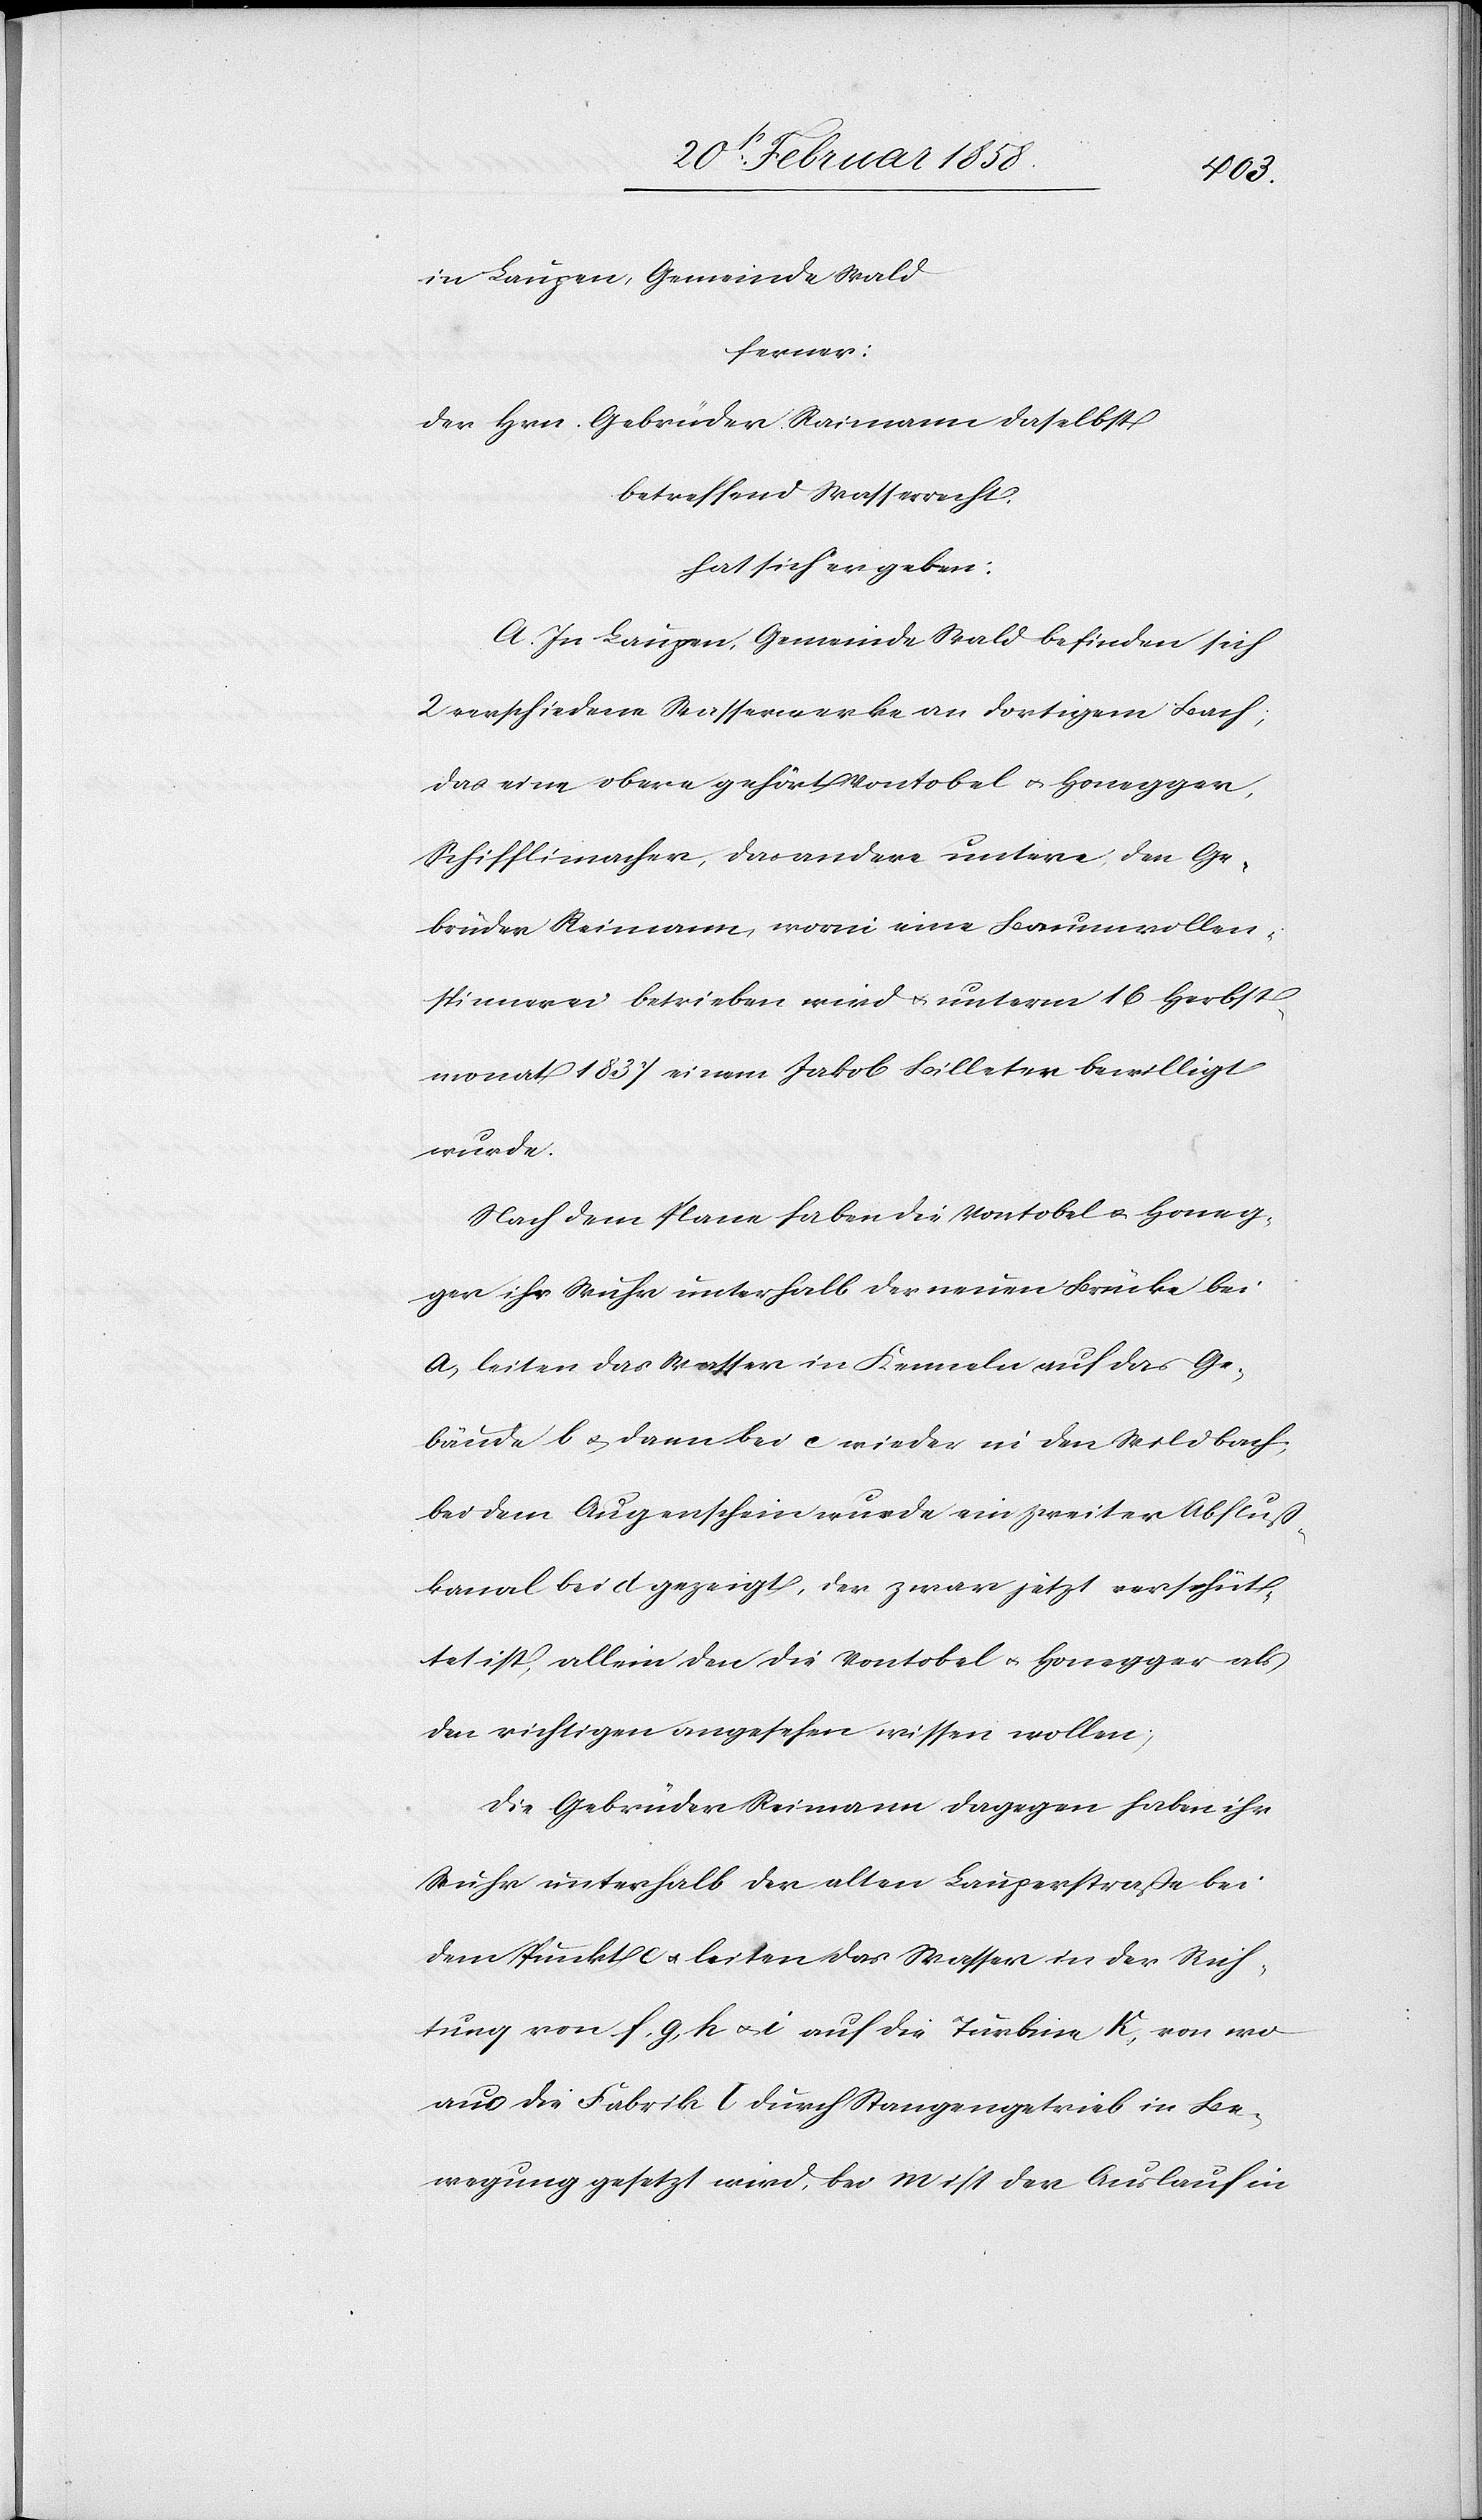
in Laupen, Gemeinde Wald
ferner:
der Hrn. Gebrüder Raimann [sic!] daselbst
betreffend Wasserrecht.
hat sich ergeben:
A. In Laupen, Gemeinde Wald befinden sich
2 verschiedene Wasserwerke an dortigem Bach;
das eine obere gehört Vontobel u. Honegger,
Schifflimacher, das andere untere, den Ge¬
brüder Reimann, worin eine Baumwollen¬
spinnerei betrieben wird u. unterm 16 Herbst¬
monat 1837 einem Jakob Billeter bewilligt
wurde.
Nach dem Plane haben die Vontobel u. Honeg¬
ger ihr Wuhr unterhalb der neuen Brücke bei
a, leiten das Wasser in Kenneln auf das Ge¬
bäude b u. dann bei c wieder in den Wildbach;
bei dem Augenschein wurde ein zweiter Abfluß¬
kanal bei d gezeigt, der zwar jetzt verschüt¬
tet ist, allein den die Vontobel u. Honegger als
den richtigen angesehen wissen wollen.
Die Gebrüder Reimann dagegen haben ihr
Wuhr unterhalb der alten Lauperstraße bei
dem Punkt e u. leiten das Wasser in der Rich¬
tung von f, g, h u. i auf die Turbine k, von wo
aus die Fabrik l durch Stangengetrieb in Be¬
wegung gesetzt wird, bei m ist der Auslauf in